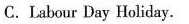
C. Lsbour Day Holiday.